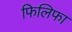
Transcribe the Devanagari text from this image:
फिलिफा